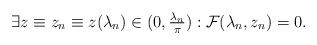
LaTeX: \begin{align*} \exists z \equiv z_n \equiv z (\lambda_n) \in (0, \tfrac{\lambda_n}{\pi}) : {\cal F} (\lambda_n, z_n) = 0. \end{align*}